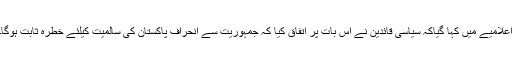
اعلامیے میں کہا گیاکہ سیاسی قائدین نے اس بات پر اتفاق کیا کہ جمہوریت سے انحراف پاکستان کی سالمیت کیلئے خطرہ ثابت ہوگا۔